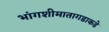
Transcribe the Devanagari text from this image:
भांगशीमातागडाकडे